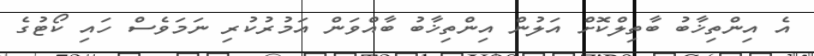
އެ އިންތިޚާބު ބާތިލްކޮށް އަލުން އިންތިޚާބު ބާއްވަން އަމުރުކުރި ނަމަވެސް ހައި ކޯޓުގެ